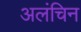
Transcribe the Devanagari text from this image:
अलंचिन